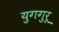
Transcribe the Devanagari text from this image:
युगगुरू